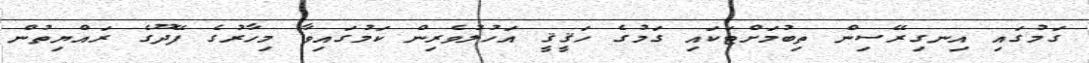
ގަމުގައި އިނގިރޭސިން ތިބުމަށްޓަކައި ގަމުގެ ހަޤީޤީ އަހުލުވެރިން ކަމުގައިވާ މިހާރުގެ ފޭދޫގެ ރައްޔިތުން